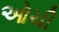
ઓચી